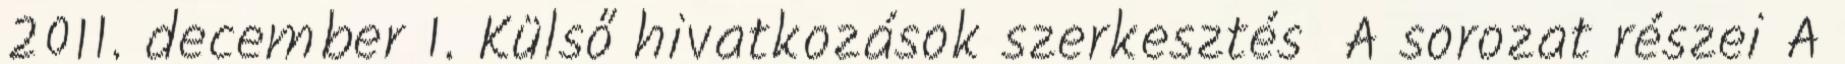
2011. december 1. Külső hivatkozások szerkesztés A sorozat részei A